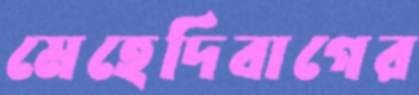
মেহেদিবাগের